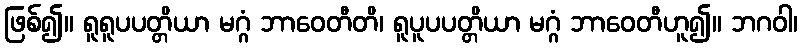
ဖြစ်၍။ ရူရူပပတ္တိယာ မဂ္ဂံ ဘာဝေတီတိ၊ ရူပူပပတ္တိယာ မဂ္ဂံ ဘာဝေတီဟူ၍။ ဘဂဝါ၊